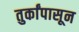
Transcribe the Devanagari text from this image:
तुर्कांपासून